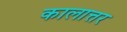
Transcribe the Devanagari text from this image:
कालात्तर